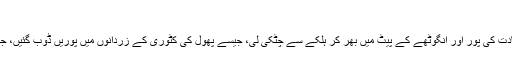
“
رابرٹ نے فرزین کے گال کو شہادت کی پور اور انگوٹھے کے پیٹ میں بھر کر ہلکے سے چٹکی لی، جیسے پھول کی کٹوری کے زردانوں میں پوریں ڈوب گئیں، جیسے ریشم کے تار ُچھو گئے ہوں۔